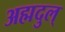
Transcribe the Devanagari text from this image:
अह्मदुल्